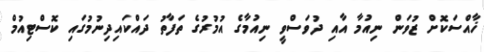
ޚާއްސަކޮށް ޒުވަން ނިއުމާ އާއި ދުވަސްވީ ނިއުމާގެ އުމުރުގެ ތަފާތު ދައްކައިދިނުމުގައި ކޮސްޓިއުމް